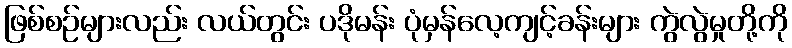
ဖြစ်စဉ်များလည်း လယ်တွင်း ပဒိုမန်း ပုံမှန်လေ့ကျင့်ခန်းများ ကွဲလွဲမှုတို့ကို